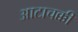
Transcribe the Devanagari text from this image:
आटाचक्की